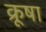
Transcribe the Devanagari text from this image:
क्रूषा